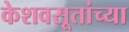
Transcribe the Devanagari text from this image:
केशवसूतांच्या